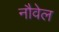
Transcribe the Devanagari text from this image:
नौवेल